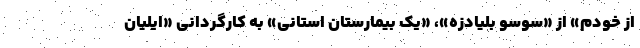
از خودم» از «سوسو بلیادزه»، «یک بیمارستان استانی» به کارگردانی «ایلیان